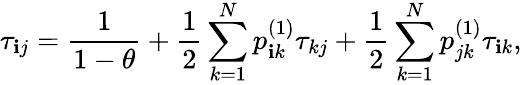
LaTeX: \tau_{\mathbf{i}j}=\frac{{1}}{{1-\theta}}+\frac{{1}}{{2}}\sum_{k=1}^{N}p_{\mathbf{i}k}^{\left(1\right)}\tau_{kj}+\frac{{1}}{{2}}\sum_{k=1}^{N}p_{jk}^{\left(1\right)}\tau_{\mathbf{i}k},